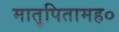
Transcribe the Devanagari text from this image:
मातृपितामह०